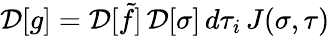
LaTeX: {\cal D}[g]={\cal D}[\tilde{f}]\, {\cal D}[\sigma]\, d\tau_{i}\, J(\sigma,\tau)